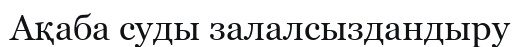
Ақаба суды залалсыздандыру